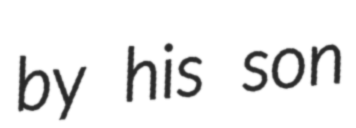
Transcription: by his son